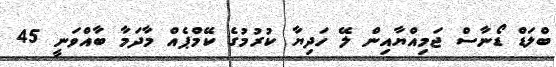
ބްލަޑް ޑޯނާސް ޖަމިއްޔާއިން ލޭ ހަދިޔާ ކުރުމުގެ ކޭމްޕެއް މާދަމާ ބާއްވަނީ 45